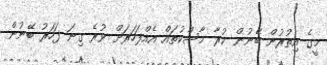
މީގެ އިތުރުން ބޭނުން ކުރާ މާސްކުތައް އެއްފަހަރަށް ވުރެ ގިނަ ފަހަރު ބޭނުން